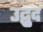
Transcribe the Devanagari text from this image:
उद्बुद